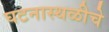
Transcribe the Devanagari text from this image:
घटनास्थळीचे